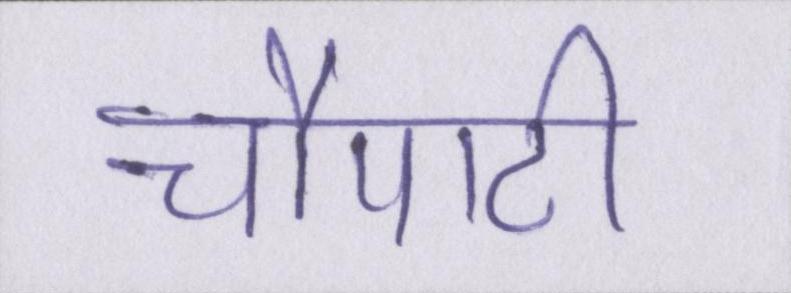
चौपाटी